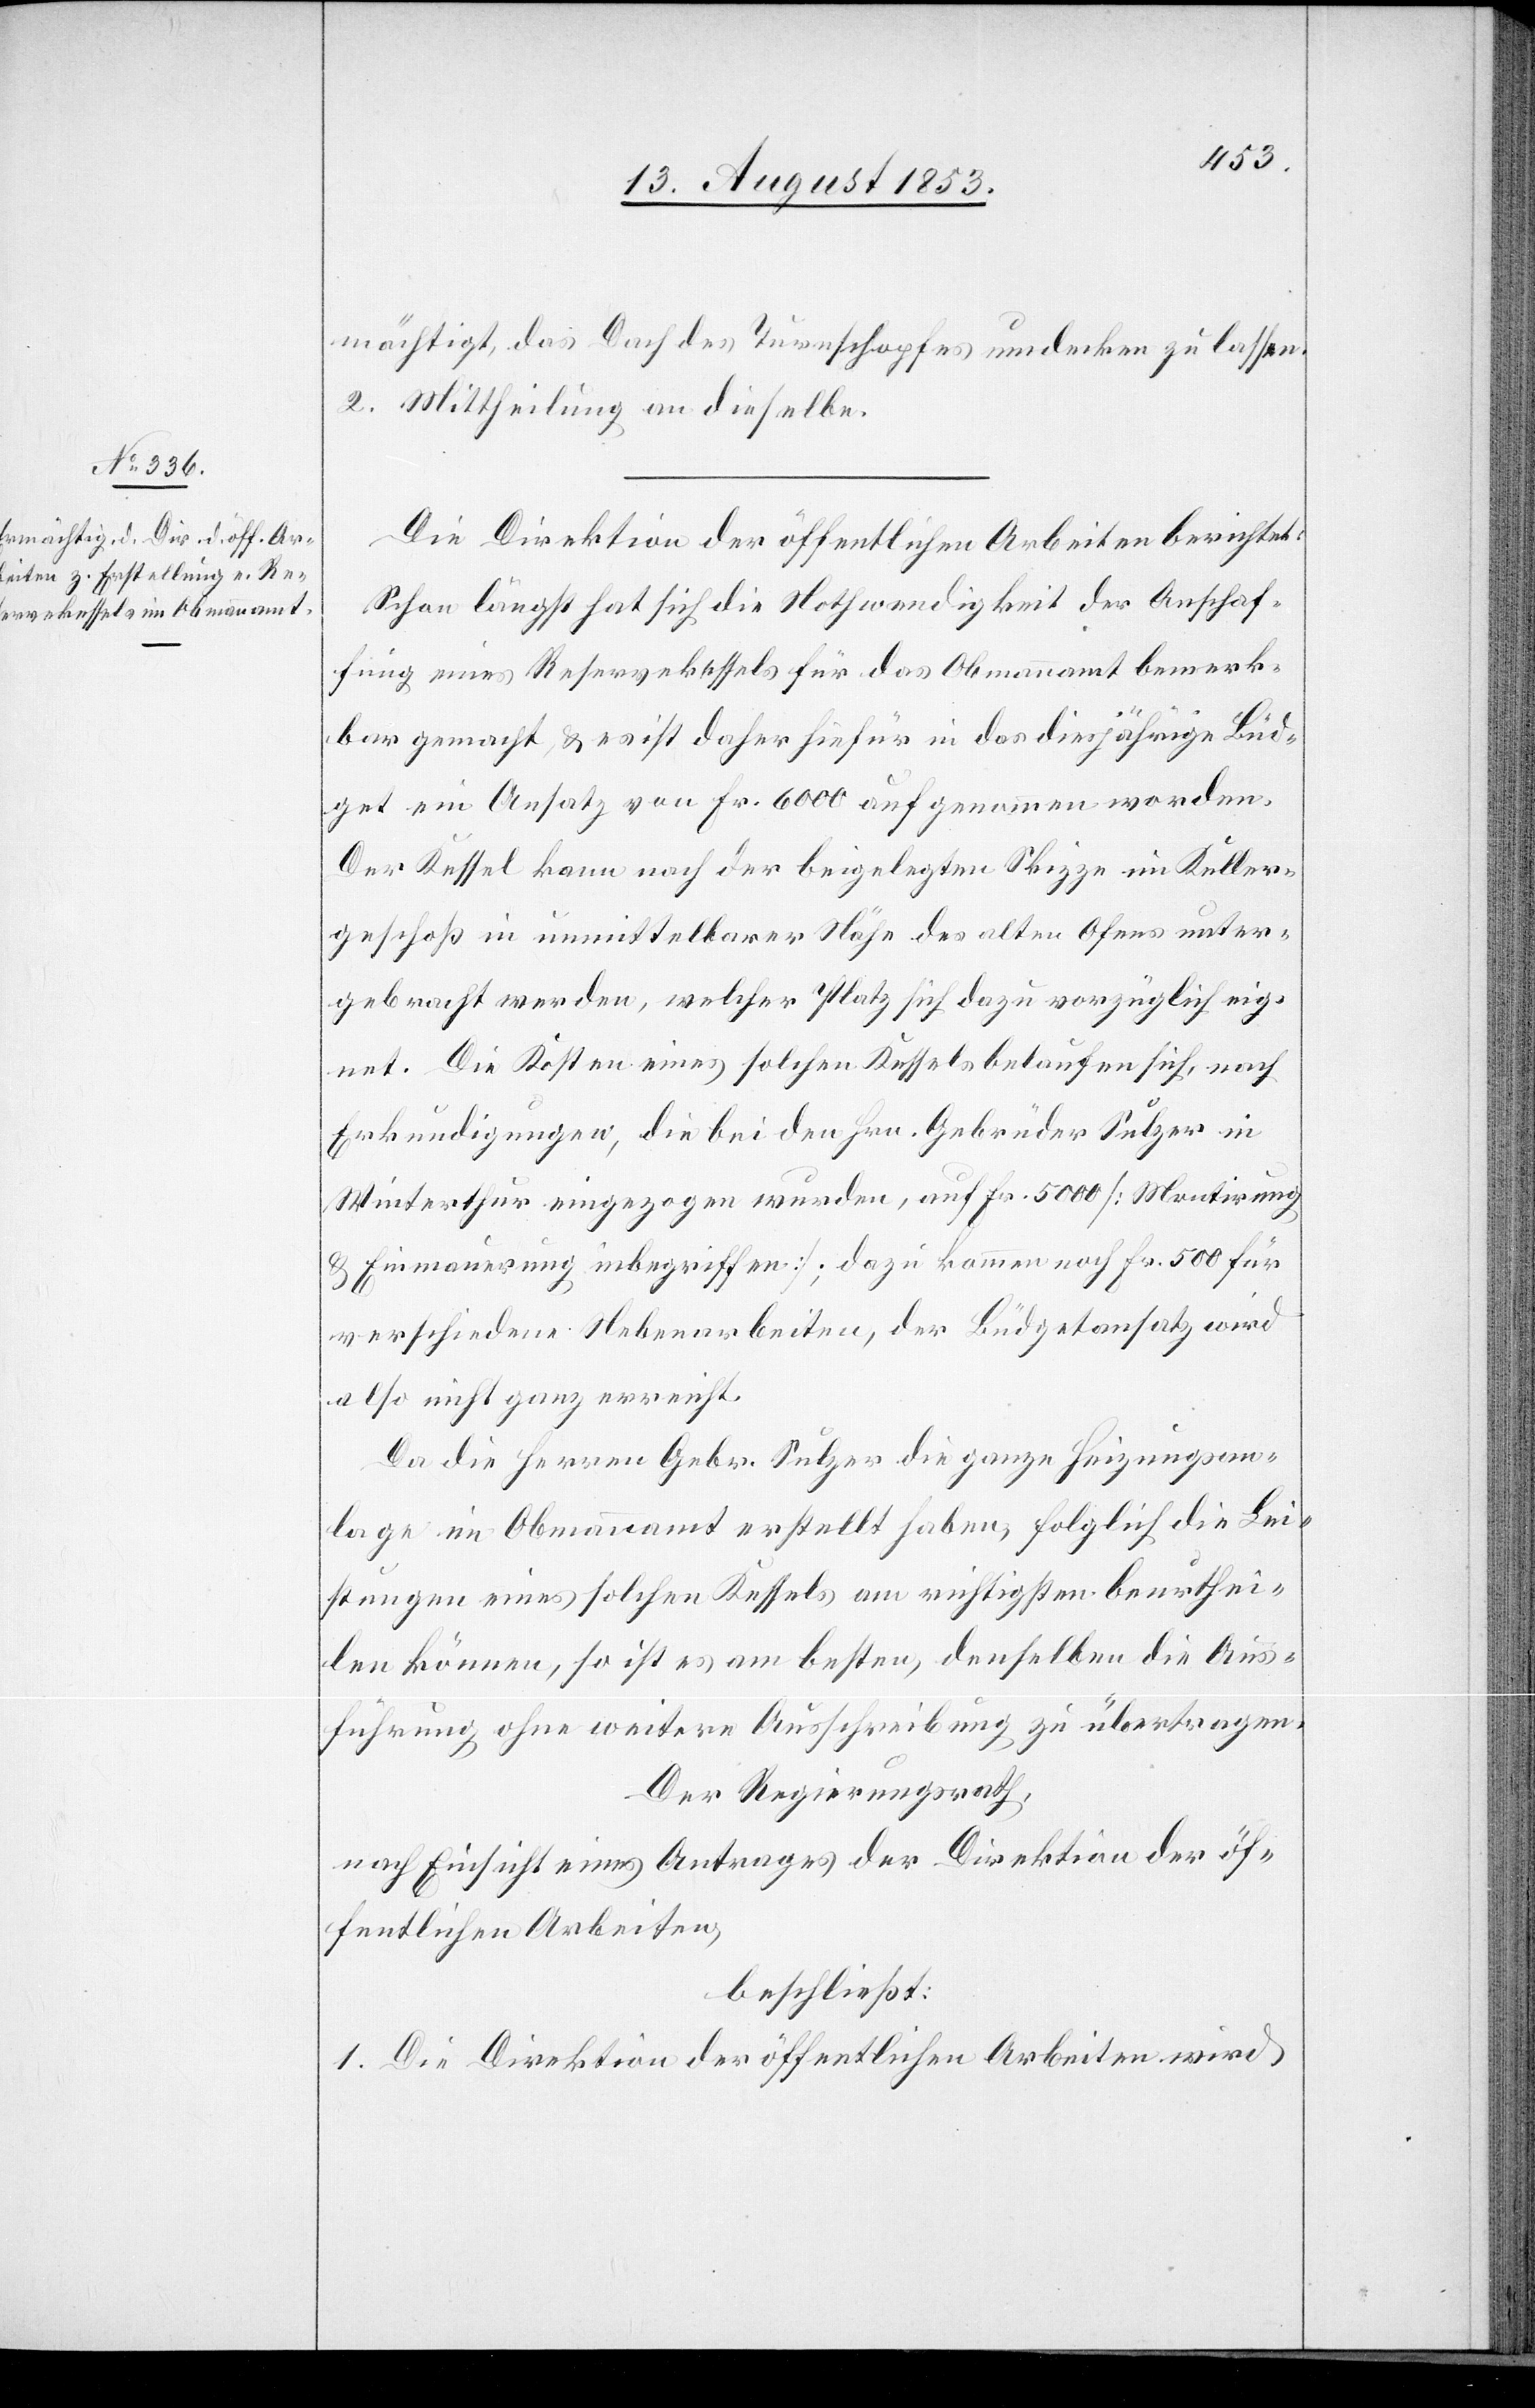
mächtigt, das Dach des Turnschopfes umdecken zu lassen.
2. Mittheilung an dieselbe.
Die Direktion der öffentlichen Arbeiten berichtet:
Schon längst hat sich die Nothwendigkeit der Anschaf¬
fung eines Reservekessels für das Obmannamt bemerk¬
bar gemacht, & es ist daher hiefür in das diesjährige Büd¬
get ein Ansatz von Fr. 6 000 aufgenommen worden.
Der Kessel kann nach der beigelegten Skizze im Keller¬
geschoß in unmittelbarer Nähe des alten Ofens unter¬
gebracht werden, welcher Platz sich dazu vorzüglich eig¬
net. Die Kosten eines solchen Kessels belaufen sich, nach
Erkundigungen, die bei den Hrn. Gebrüder Sulzer in
Winterthur eingezogen wurden, auf Fr. 5 000 [Montirung
& Einmauerung inbegriffen]; dazu kommen noch Fr. 500 für
verschiedene Nebenarbeiten, der Büdgetansatz wird
also nicht ganz erreicht.
Da die Herren Gebr. Sulzer die ganze Heizungsan¬
lage im Obmannamt erstellt haben, folglich die Lei¬
stungen eines solchen Kessels am richtigsten beurthei¬
len können, so ist es am besten, denselben die Aus¬
führung ohne weitere Ausschreibung zu übertragen.
Der Regierungsrath,
nach Einsicht eines Antrages der Direktion der öf¬
fentlichen Arbeiten,
beschließt:
1. Die Direktion der öffentlichen Arbeiten wird